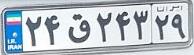
۲۴ق۲۴۳۲۹